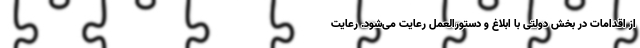
از اقدامات در بخش دولتی با ابلاغ و دستورالعمل رعایت می‌شود. رعایت